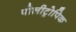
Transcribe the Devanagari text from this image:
पोलीट्रोपिक